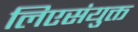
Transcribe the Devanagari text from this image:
लिएसंयुक्त